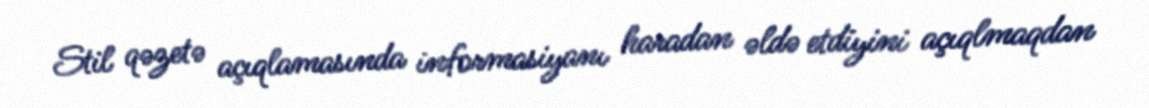
Stil qəzetə açıqlamasında informasiyanı haradan əldə etdiyini açıqlmaqdan